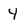
Character: 4